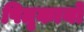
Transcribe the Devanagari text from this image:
पितृकार्यों